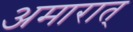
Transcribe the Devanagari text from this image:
अमारात्